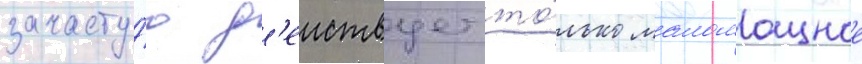
зачасту́ю д'еиствует то́лько маломощное